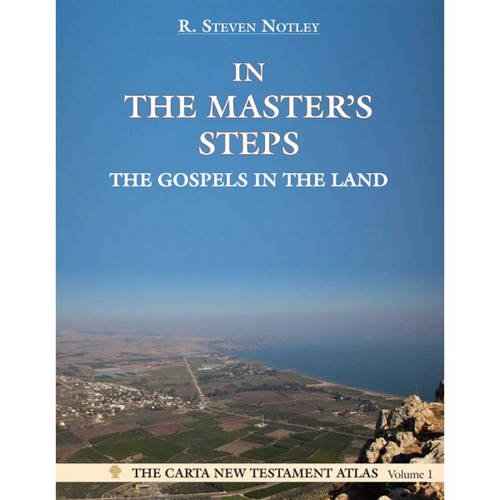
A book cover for In the Master's Steps: The Gospels in the Land (The Carta New Testament Atlas); R. Steven Notley; Christian Books & Bibles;